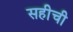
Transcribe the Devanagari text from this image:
सहीची